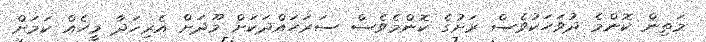
މަތިން ކޮންމެ ދުވަހަކުވެސް ރަށުގެ ކޮންމެވެސް ސަރަހައްދަކަށް މޫދަށް އެރިހަދާ މީހެއް ކަމަށް